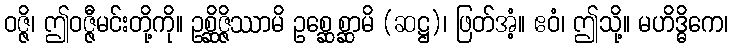
ဝဇ္ဇိ၊ ဤဝဇ္ဇီမင်းတို့ကို။ ဥစ္ဆိဇ္ဇိဿာမိ ဥစ္ဆေစ္ဆာမိ (ဆဋ္ဌ)၊ ဖြတ်အံ့။ ဧဝံ၊ ဤသို့။ မဟိဒ္ဓိကေ၊